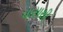
પાસાથી